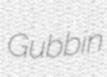
Gubbin